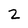
Character: 2